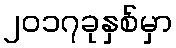
၂၀၁၇ခုနှစ်မှာ